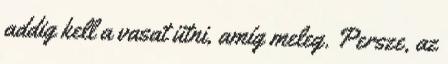
addig kell a vasat ütni, amíg meleg. Persze, az